Indian journal of veterinary science and animal husbandry - Volume 12,
Year: 1942
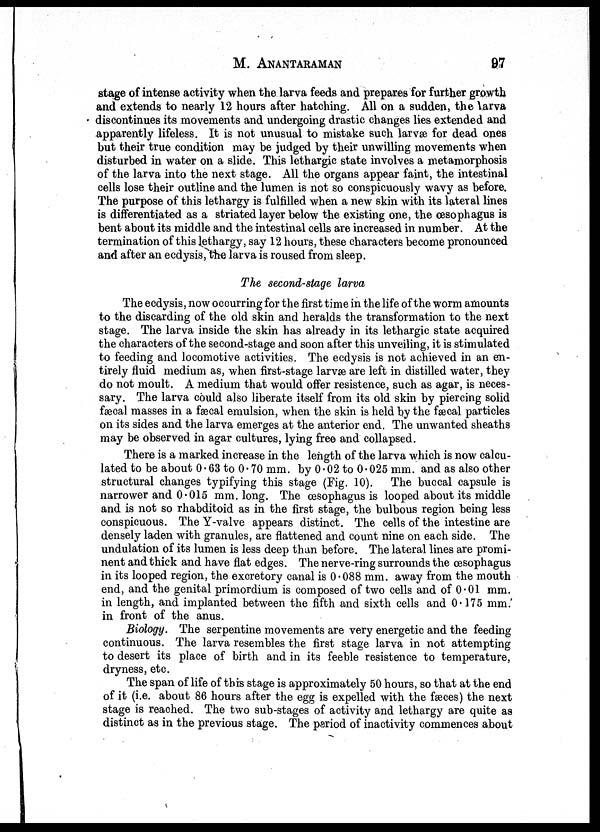
M.
ANANTARAMAN
97
stage of intense activity when the larva feeds and prepares for further growth
and extends to nearly 12 hours after hatching. All on a sudden, the larva
discontinues its movements and undergoing drastic changes lies extended and
apparently lifeless. It is not unusual to mistake such larvæ for dead ones
but their true condition may be judged by their unwilling movements when
disturbed in water on a slide. This lethargic state involves a metamorphosis
of the larva into the next stage. All the organs appear faint, the intestinal
cells lose their outline and the lumen is not so conspicuously wavy as before.
The purpose of this lethargy is fulfilled when a new skin with its lateral lines
is differentiated as a striated layer below the existing one, the œsophagus is
bent about its middle and the intestinal cells are increased in number. At the
termination of this lethargy, say 12 hours, these characters become pronounced
and after an ecdysis, the larva is roused from sleep.
The second-stage larva
The ecdysis, now occurring for the first time in the life of the worm amounts
to the discarding of the old skin and heralds the transformation to the next
stage. The larva inside the skin has already in its lethargic state acquired
the characters of the second-stage and soon after this unveiling, it is stimulated
to feeding and locomotive activities. The ecdysis is not achieved in an en-
tirely fluid medium as, when first-stage larvæ are left in distilled water, they
do not moult. A medium that would offer resistence, such as agar, is neces-
sary. The larva could also liberate itself from its old skin by piercing solid
fæcal masses in a fæcal emulsion, when the skin is held by the fæcal particles
on its sides and the larva emerges at the anterior end. The unwanted sheaths
may be observed in agar cultures, lying free and collapsed.
There is a marked increase in the length of the larva which is now calcu-
lated to be about 0.63 to 0.70 mm. by 0.02 to 0.025 mm. and as also other
structural changes typifying this stage (Fig. 10). The buccal capsule is
narrower and 0.015 mm. long. The œsophagus is looped about its middle
and is not so rhabditoid as in the first stage, the bulbous region being less
conspicuous. The Y-valve appears distinct. The cells of the intestine are
densely laden with granules, are flattened and count nine on each side. The
undulation of its lumen is less deep than before. The lateral lines are promi-
nent and thick and have flat edges. The nerve-ring surrounds the œsophagus
in its looped region, the excretory canal is 0.088 mm. away from the mouth
end, and the genital primordium is composed of two cells and of 0.01 mm.
in length, and implanted between the fifth and sixth cells and 0.175 mm.
in front of the anus.
Biology. The serpentine movements are very energetic and the feeding
continuous. The larva resembles the first stage larva in not attempting
to desert its place of birth and in its feeble resistence to temperature,
dryness, etc.
The span of life of this stage is approximately 50 hours, so that at the end
of it (i.e. about 86 hours after the egg is expelled with the fæces) the next
stage is reached. The two sub-stages of activity and lethargy are quite as
distinct as in the previous stage. The period of inactivity commences about